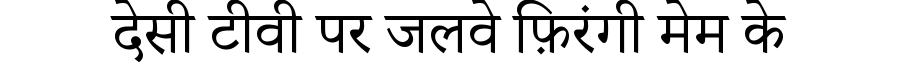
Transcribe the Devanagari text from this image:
देसी टीवी पर जलवे फ़िरंगी मेम के